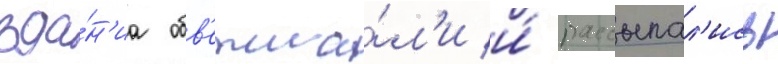
зда́н'иа обв'етша́л'и и́ рассыпал'ись